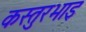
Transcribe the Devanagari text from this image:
कस्तुरभाइ